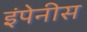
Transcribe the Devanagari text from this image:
इंपेनीस